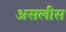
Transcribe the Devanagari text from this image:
असलीस